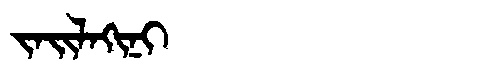
Manchu: ᠵᠠᡳᠯᠠᡴᡳᠨᡳ
Romanization: JAILAKINI